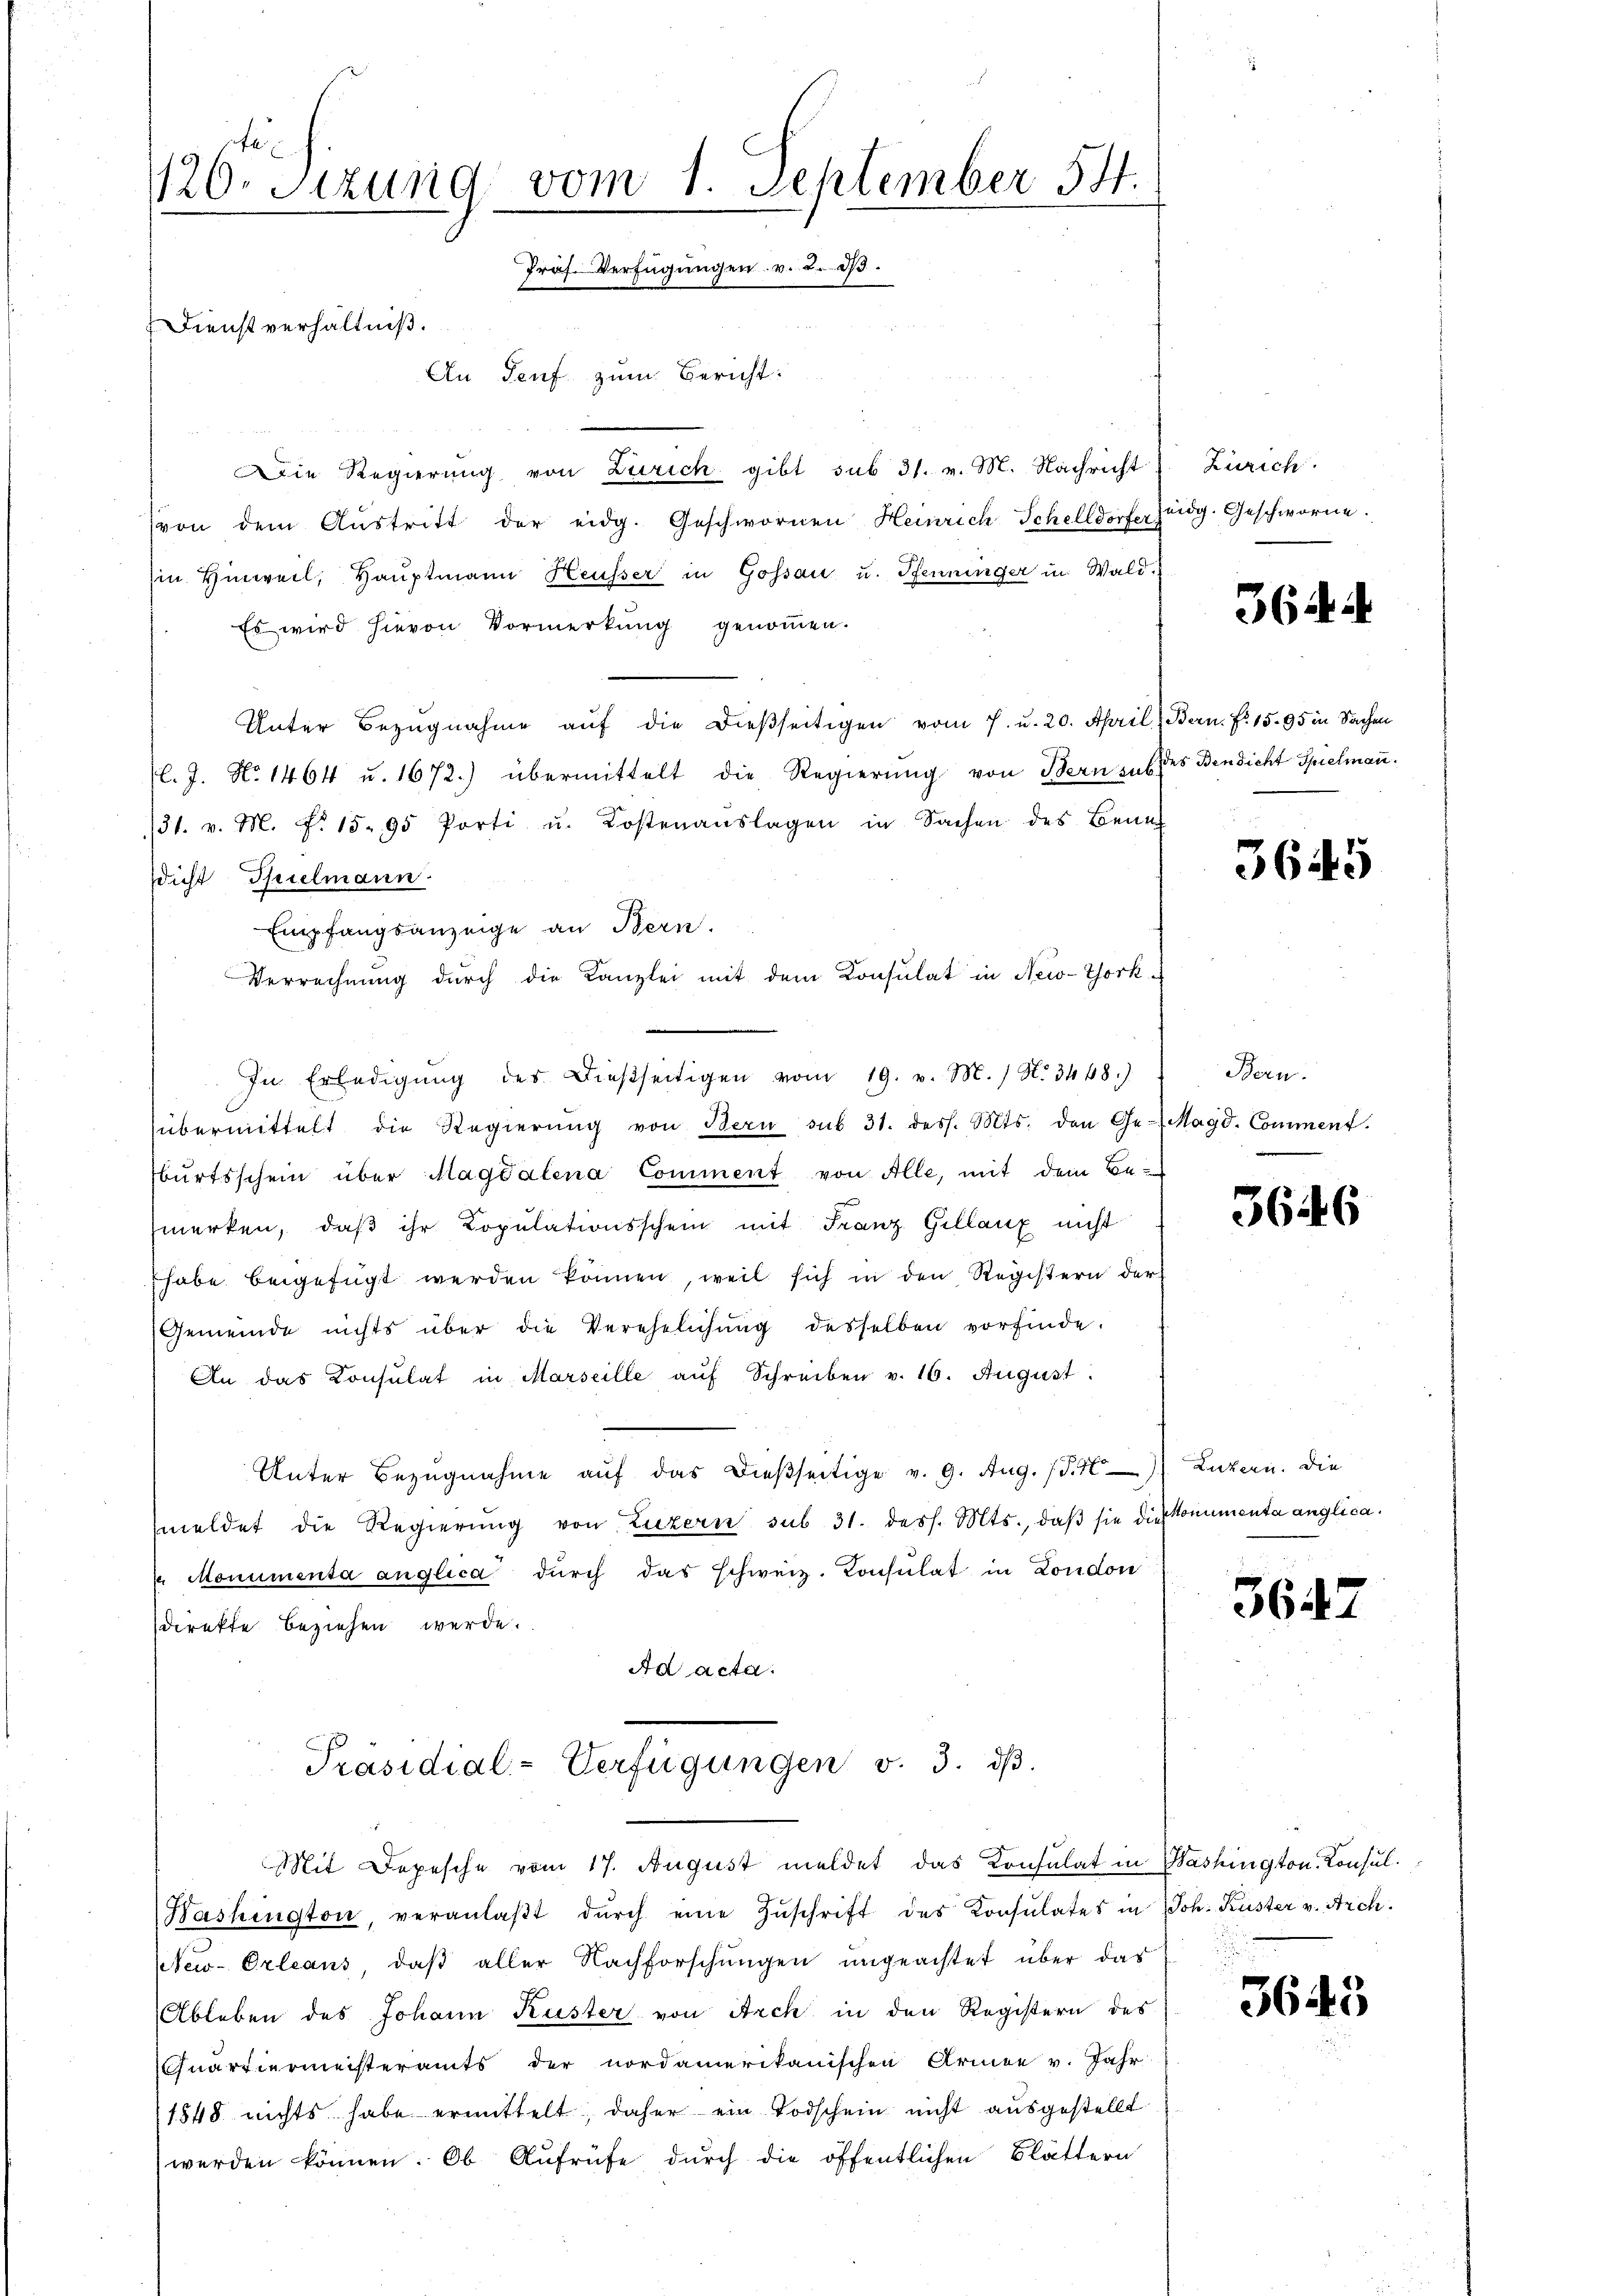
1120. Sitzung vom 1. September 54.
1
Prof. Verfügungen v. 2. d.
Dienstverhältniß.
An Genf zum Bericht:

Die Regierung von Zürich gibt sub 31. v. M. Nachricht
(von dem Austritt der eidg. Geschwornen Heinrich Schelldorfer
in Hinweil, Hauptmann Heusser in Gossau u. Pfenninger in Wald¬
Es wird hievon Vormerkung genoṁen.
Unter Bezugnahme auf die dießseitigen vom 7. u. 20. April
l. J. No 1464 u. 1672.) übermittelt die Regierung von Bern zu des Benzicht Spielmau¬
131. v. M. f. 15. 95 Porti u. Kostenaŭslagen in Sachen des Bene
dicht Spielmann.
Empfangsanzeige an Bern.
Verrechnung durch die Kanzlei mit dem Konsulat in New-York
In Erledigŭng des dießseitigen vom 19. v. M. / N. 3448.)
übermittelt die Regierŭng von Bern sub 31. dess. Mts. den Ge-
bŭrtsschein über Magdalena Comment von Alle, mit dem Be-
merken, daβ ihr Kopulationsschein mit Franz Gellanz nicht
habe beigefügt werden können, weil sich in den Registern der
Gemeinde nichts über die Verehelichŭng desselben vorfinde.
An das Consulat in Marseille aŭf Schreiben v. 16. August
Unter Bezugnahme auf das dießseitige v. 9. Aug. (S. 4
meldet die Regierŭng von Luzern sub 31. dess. Mts., daβ sie die Monumenta anglica¬
 Monumenta anglica durch das schweiz. Konsulat in London
direkte beziehen werde.

Bashington, veranlaβt dŭrch eine Zŭschrift des Konsulates in Joh. Kuster v. Arch.
New-Orleans, daß aller Nachforschungen ungeachtet über das
Ableben des Johann Küster von Arch in den Registern des
Quartiermeisteramts der nordamerikanischen Armee v. Jahr
1548 nichts habe ermittelt, daher ein Todschein nicht ausgestellt
werden können. Ob Aŭfrüfe dŭrch die öffentlichen Blättern

Präsidial-Verfügungen v. 3. dß.

Mit Depesche vom 17. August meldet das Konsulat in Washington, Konsul¬

Zürich.
eidg. Geschworne.

3644

Bern. F. 15. 95 in Sachen

3645

Bern.
Magd. Comment.

3646

Luzern. Die

5642

3643